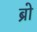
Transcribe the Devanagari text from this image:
ब्रो